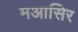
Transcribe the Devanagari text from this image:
मआसिर